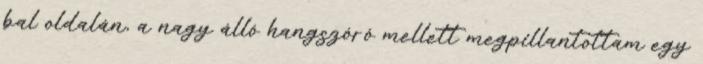
bal oldalán, a nagy álló hangszóró mellett megpillantottam egy